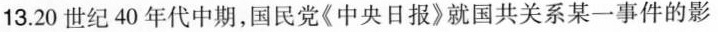
13.20世纪40年代中期，国民党《中央日报》就国共关系某一事件的影